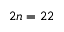
2 n = 2 2